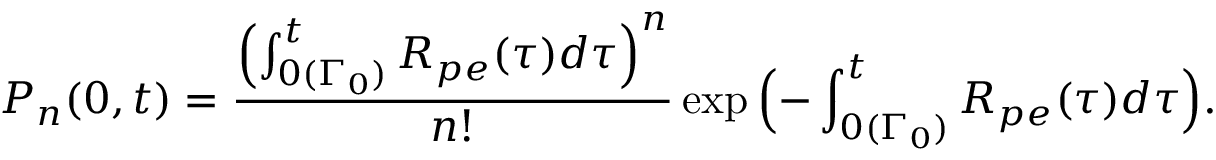
P _ { n } ( 0 , t ) = \frac { \Bigl ( \int _ { 0 ( \Gamma _ { 0 } ) } ^ { t } R _ { p e } ( \tau ) d \tau \Bigr ) ^ { n } } { n ! } \exp { \Bigl ( - \int _ { 0 ( \Gamma _ { 0 } ) } ^ { t } R _ { p e } ( \tau ) d \tau \Bigr ) } .